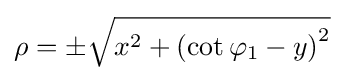
\rho =\pm {\sqrt {x^{2}+\left(\cot \varphi _{1}-y\right)^{2}}}